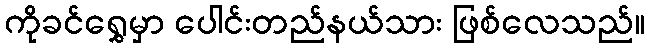
ကိုခင်ရွှေမှာ ပေါင်းတည်နယ်သား ဖြစ်လေသည်။